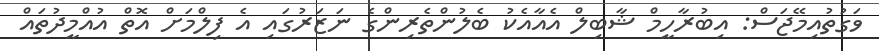
ވަގުތުއިމޭޖަސް: އިބުރާހީމް ޝާބިލް އެއާއެކު ބެލުންތެރިންގެ ނަޒަރުގައި އެ ފިލްމަށް އޮތް އުއްމީދުތައް